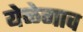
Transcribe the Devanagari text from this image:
येळेगाव